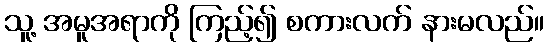
သူ့ အမူအရာကို ကြည့်၍ စကားလက် နားမလည်။